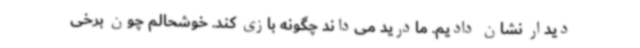
دیدار نشان دادیم. مادرید می‌داند چگونه بازی کند. خوشحالم چون برخی